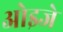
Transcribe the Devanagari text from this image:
ओइजे